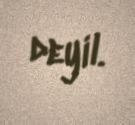
deyil.